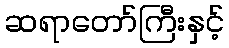
ဆရာတော်ကြီးနှင့်